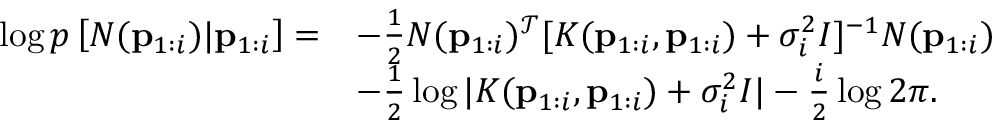
\begin{array} { r l } { \log p \left[ N ( \mathbf { p } _ { 1 : i } ) | \mathbf { p } _ { 1 : i } \right] = } & { - \frac { 1 } { 2 } N ( \mathbf { p } _ { 1 : i } ) ^ { \mathcal { T } } [ K ( \mathbf { p } _ { 1 : i } , \mathbf { p } _ { 1 : i } ) + \sigma _ { i } ^ { 2 } I ] ^ { - 1 } N ( \mathbf { p } _ { 1 : i } ) } \\ & { - \frac { 1 } { 2 } \log | K ( \mathbf { p } _ { 1 : i } , \mathbf { p } _ { 1 : i } ) + \sigma _ { i } ^ { 2 } I | - \frac { i } { 2 } \log 2 \pi . } \end{array}